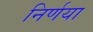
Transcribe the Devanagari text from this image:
निर्णया